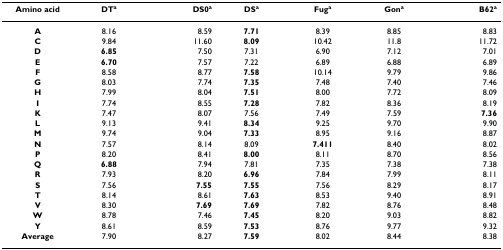
<table><thead><tr><td><b>Amino acid</b></td><td><b>DT<sup>a</sup></b></td><td><b>DS0<sup>a</sup></b></td><td><b>DS<sup>a</sup></b></td><td><b>Fug<sup>a</sup></b></td><td><b>Gon<sup>a</sup></b></td><td><b>B62<sup>a</sup></b></td></tr></thead><tbody><tr><td><b>A</b></td><td>8.16</td><td>8.59</td><td><b>7.71</b></td><td>8.39</td><td>8.85</td><td>8.83</td></tr><tr><td><b>C</b></td><td>9.84</td><td>11.60</td><td><b>8.09</b></td><td>10.42</td><td>11.8</td><td>11.72</td></tr><tr><td><b>D</b></td><td><b>6.85</b></td><td>7.50</td><td>7.31</td><td>6.90</td><td>7.12</td><td>7.01</td></tr><tr><td><b>E</b></td><td><b>6.70</b></td><td>7.57</td><td>7.22</td><td>6.89</td><td>6.88</td><td>6.89</td></tr><tr><td><b>F</b></td><td>8.58</td><td>8.77</td><td><b>7.58</b></td><td>10.14</td><td>9.79</td><td>9.86</td></tr><tr><td><b>G</b></td><td>8.03</td><td>7.74</td><td><b>7.35</b></td><td>7.48</td><td>7.40</td><td>7.46</td></tr><tr><td><b>H</b></td><td>7.99</td><td>8.04</td><td><b>7.51</b></td><td>8.00</td><td>7.72</td><td>8.09</td></tr><tr><td><b>I</b></td><td>7.74</td><td>8.55</td><td><b>7.28</b></td><td>7.82</td><td>8.36</td><td>8.19</td></tr><tr><td><b>K</b></td><td>7.47</td><td>8.07</td><td>7.56</td><td>7.49</td><td>7.59</td><td><b>7.36</b></td></tr><tr><td><b>L</b></td><td>9.13</td><td>9.41</td><td><b>8.34</b></td><td>9.25</td><td>9.70</td><td>9.90</td></tr><tr><td><b>M</b></td><td>9.74</td><td>9.04</td><td><b>7.33</b></td><td>8.95</td><td>9.16</td><td>8.87</td></tr><tr><td><b>N</b></td><td>7.57</td><td>8.14</td><td>8.09</td><td><b>7.411</b></td><td>8.40</td><td>8.02</td></tr><tr><td><b>P</b></td><td>8.20</td><td>8.41</td><td><b>8.00</b></td><td>8.11</td><td>8.70</td><td>8.56</td></tr><tr><td><b>Q</b></td><td><b>6.88</b></td><td>7.94</td><td>7.81</td><td>7.35</td><td>7.38</td><td>7.38</td></tr><tr><td><b>R</b></td><td>7.93</td><td>8.20</td><td><b>6.96</b></td><td>7.84</td><td>7.99</td><td>8.11</td></tr><tr><td><b>S</b></td><td>7.56</td><td><b>7.55</b></td><td><b>7.55</b></td><td>7.56</td><td>8.29</td><td>8.17</td></tr><tr><td><b>T</b></td><td>8.14</td><td>8.61</td><td><b>7.63</b></td><td>8.53</td><td>9.40</td><td>8.91</td></tr><tr><td><b>V</b></td><td>8.30</td><td><b>7.69</b></td><td><b>7.69</b></td><td>7.82</td><td>8.76</td><td>8.48</td></tr><tr><td><b>W</b></td><td>8.78</td><td>7.46</td><td><b>7.45</b></td><td>8.20</td><td>9.03</td><td>8.82</td></tr><tr><td><b>Y</b></td><td>8.61</td><td>8.59</td><td><b>7.53</b></td><td>8.76</td><td>9.77</td><td>9.32</td></tr><tr><td><b>Average</b></td><td>7.90</td><td>8.27</td><td><b>7.59</b></td><td>8.02</td><td>8.44</td><td>8.38</td></tr></tbody></table>